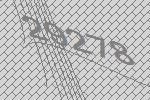
29278